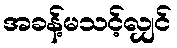
အခန့်မသင့်လျှင်